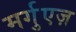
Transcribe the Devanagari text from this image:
मर्गुएज़